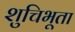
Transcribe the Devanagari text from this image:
शुचिभूता